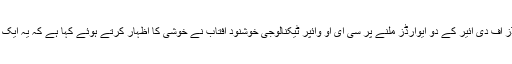
ایف پی سی سی آئی برینڈز آف دی ائیر کے دو ایوارڈز ملنے پر سی ای او وائپر ٹیکنالوجی خوشنود آفتاب نے خوشی کا اظہار کرتے ہوئے کہا ہے کہ یہ ایک انتہائی اہم سنگ میل ہے۔